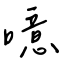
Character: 噫